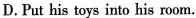
D.Put his toys into his room.